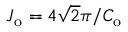
J _ { \mathrm { o } } = 4 \sqrt { 2 } \pi / C _ { \mathrm { o } }